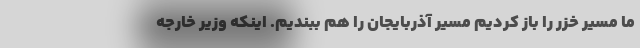
ما مسیر خزر را باز کردیم مسیر آذربایجان را هم ببندیم. اینکه وزیر خارجه